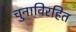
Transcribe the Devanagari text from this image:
चुनाविरहित